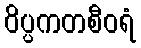
ဝိပ္ပကတစီဝရံ